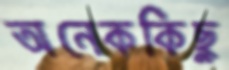
অনেককিছু